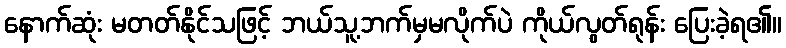
နောက်ဆုံး မတတ်နိုင်သဖြင့် ဘယ်သူ့ဘက်မှမလိုက်ပဲ ကိုယ်လွတ်ရုန်း ပြေးခဲ့ရ၏။